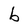
Character: b